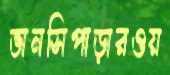
ভানসিপাড়ারওয়